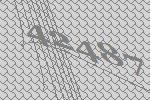
42487